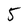
Character: 5